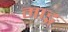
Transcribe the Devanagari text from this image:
माङ्ग